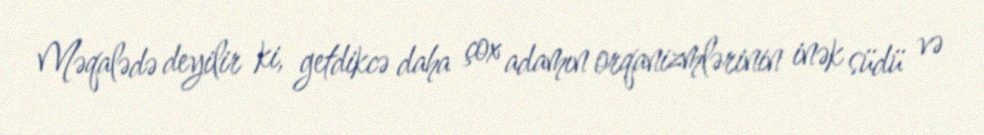
Məqalədə deyilir ki, getdikcə daha çox adamın orqanizmlərinin inək südü və